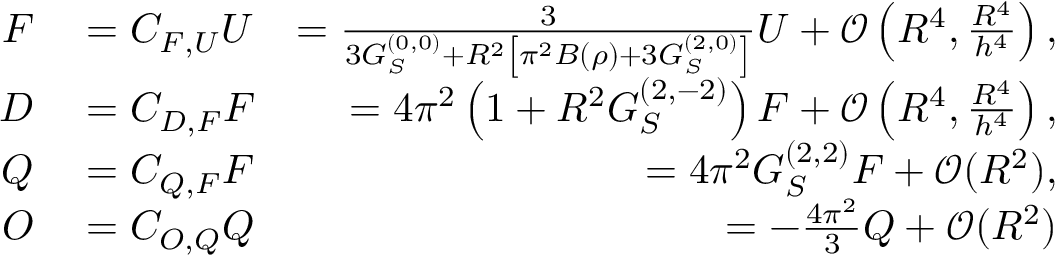
\begin{array} { r l r } { F } & { { } = C _ { F , U } U } & { = \frac { 3 } { 3 G _ { S } ^ { ( 0 , 0 ) } + R ^ { 2 } \left[ \pi ^ { 2 } B ( \rho ) + 3 G _ { S } ^ { ( 2 , 0 ) } \right] } U + \mathcal { O } \left( R ^ { 4 } , \frac { R ^ { 4 } } { h ^ { 4 } } \right) , } \\ { D } & { { } = C _ { D , F } F } & { = 4 \pi ^ { 2 } \left( 1 + R ^ { 2 } G _ { S } ^ { ( 2 , - 2 ) } \right) F + \mathcal { O } \left( R ^ { 4 } , \frac { R ^ { 4 } } { h ^ { 4 } } \right) , } \\ { Q } & { { } = C _ { Q , F } F } & { = 4 \pi ^ { 2 } G _ { S } ^ { ( 2 , 2 ) } F + \mathcal { O } ( R ^ { 2 } ) , } \\ { O } & { { } = C _ { O , Q } Q } & { = - \frac { 4 \pi ^ { 2 } } { 3 } Q + \mathcal { O } ( R ^ { 2 } ) } \end{array}